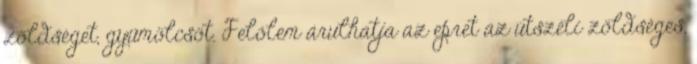
zöldséget, gyümölcsöt. Felőlem árulhatja az epret az útszéli zöldséges,